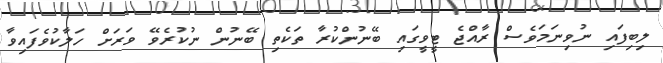
ލިބިފައި ނުވިނަމަވެސް ރާއްޖެ ޓީވީގައި ބޭނުންކުރާ ތަކެތި ބޭނުން ނުކުރެވޭ ވަރަށް ހަލާކުވެފައިވާ